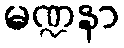
မဏ္ဍနာ